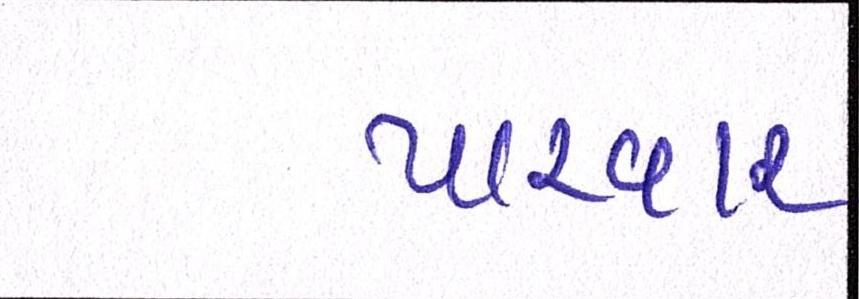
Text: પારવાર